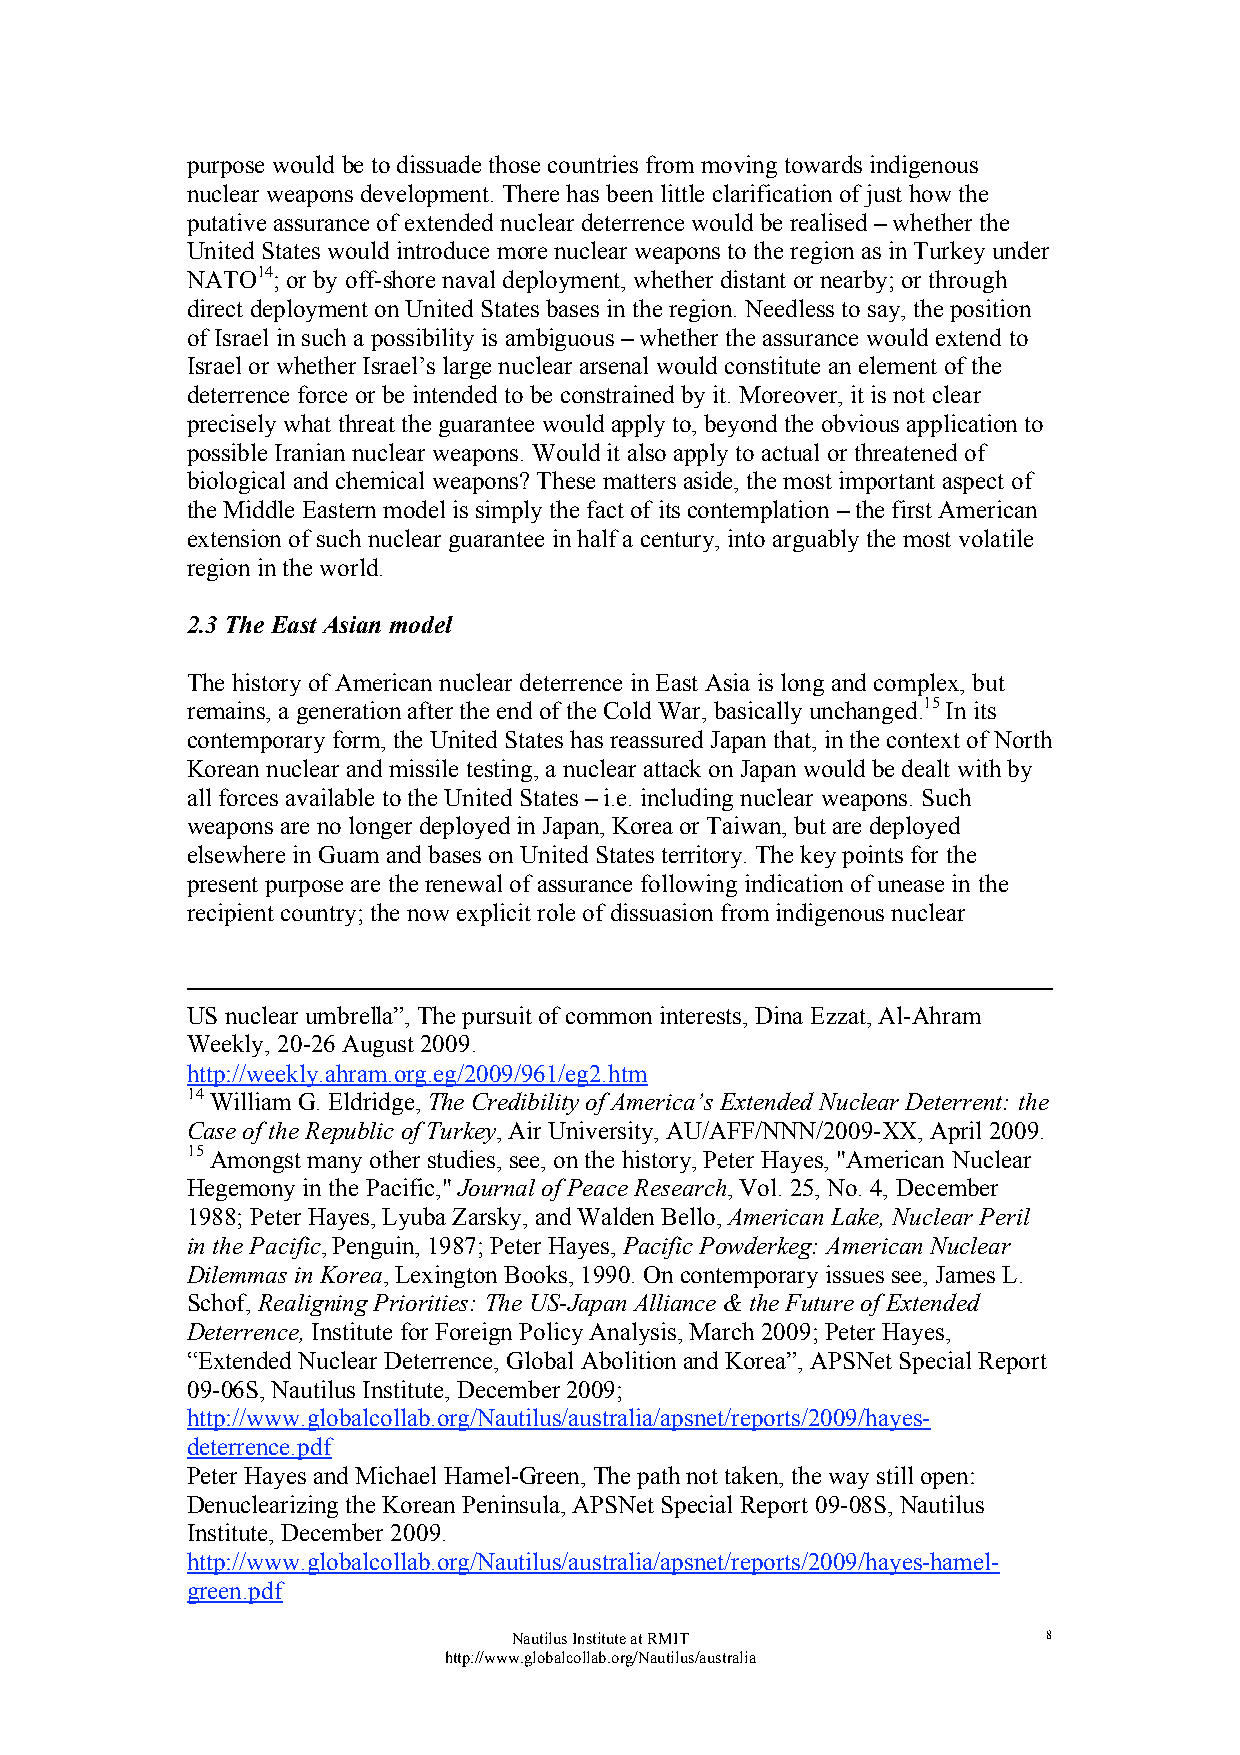
purpose would be to dissuade those countries from moving towards indigenous
 nuclear weapons development. There has been little clarification of just how the
 putative assurance of extended nuclear deterrence would be realised – whether the
 United States would introduce more nuclear weapons to the region as in Turkey under
 NATO14; or by off-shore naval deployment, whether distant or nearby; or through
 direct deployment on United States bases in the region. Needless to say, the position
 of Israel in such a possibility is ambiguous – whether the assurance would extend to
 Israel or whether Israel’s large nuclear arsenal would constitute an element of the
 deterrence force or be intended to be constrained by it. Moreover, it is not clear
 precisely what threat the guarantee would apply to, beyond the obvious application to
 possible Iranian nuclear weapons. Would it also apply to actual or threatened of
 biological and chemical weapons? These matters aside, the most important aspect of
 the Middle Eastern model is simply the fact of its contemplation – the first American
 extension of such nuclear guarantee in half a century, into arguably the most volatile
 region in the world.
 2.3 The East Asian model
 The history of American nuclear deterrence in East Asia is long and complex, but
 remains, a generation after the end of the Cold War, basically unchanged.15 In its
 contemporary form, the United States has reassured Japan that, in the context of North
 Korean nuclear and missile testing, a nuclear attack on Japan would be dealt with by
 all forces available to the United States – i.e. including nuclear weapons. Such
 weapons are no longer deployed in Japan, Korea or Taiwan, but are deployed
 elsewhere in Guam and bases on United States territory. The key points for the
 present purpose are the renewal of assurance following indication of unease in the
 recipient country; the now explicit role of dissuasion from indigenous nuclear
 US nuclear umbrella”, The pursuit of common interests, Dina Ezzat, Al-Ahram
 Weekly, 20-26 August 2009.
 http://weekly.ahram.org.eg/2009/961/eg2.htm
 14 William G. Eldridge, The Credibility of America’s Extended Nuclear Deterrent: the
 Case of the Republic of Turkey, Air University, AU/AFF/NNN/2009-XX, April 2009.
 15 Amongst many other studies, see, on the history, Peter Hayes, "American Nuclear
 Hegemony in the Pacific," Journal of Peace Research, Vol. 25, No. 4, December
 1988; Peter Hayes, Lyuba Zarsky, and Walden Bello, American Lake, Nuclear Peril
 in the Pacific, Penguin, 1987; Peter Hayes, Pacific Powderkeg: American Nuclear
 Dilemmas in Korea, Lexington Books, 1990. On contemporary issues see, James L.
 Schof, Realigning Priorities: The US-Japan Alliance & the Future of Extended
 Deterrence, Institute for Foreign Policy Analysis, March 2009; Peter Hayes,
 “Extended Nuclear Deterrence, Global Abolition and Korea”, APSNet Special Report
 09-06S, Nautilus Institute, December 2009;
 http://www.globalcollab.org/Nautilus/australia/apsnet/reports/2009/hayes-
 deterrence.pdf
 Peter Hayes and Michael Hamel-Green, The path not taken, the way still open:
 Denuclearizing the Korean Peninsula, APSNet Special Report 09-08S, Nautilus
 Institute, December 2009.
 http://www.globalcollab.org/Nautilus/australia/apsnet/reports/2009/hayes-hamel-
 green.pdf
 Nautilus Institute at RMIT         8
 http://www.globalcollab.org/Nautilus/australia